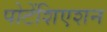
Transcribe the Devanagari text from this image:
पोटेंशिएशन